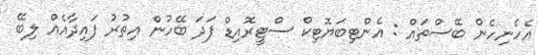
އެހެނިހެން ބޭސްތައް : އެންޓިބަޔޮޓިކް ސްޓީރޮއިޑް ފަދަ ބޭހުން އިތުރު ފައިދާއެއް ލިބޭ